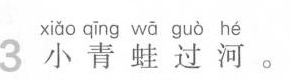
xiǎo qīng wā guò hé 3小青蛙过河。